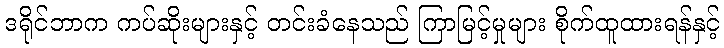
ဒရိုင်ဘာက ကပ်ဆိုးများနှင့် တင်းခံနေသည် ကြာမြင့်မှုများ စိုက်ထူထားရန်နှင့်